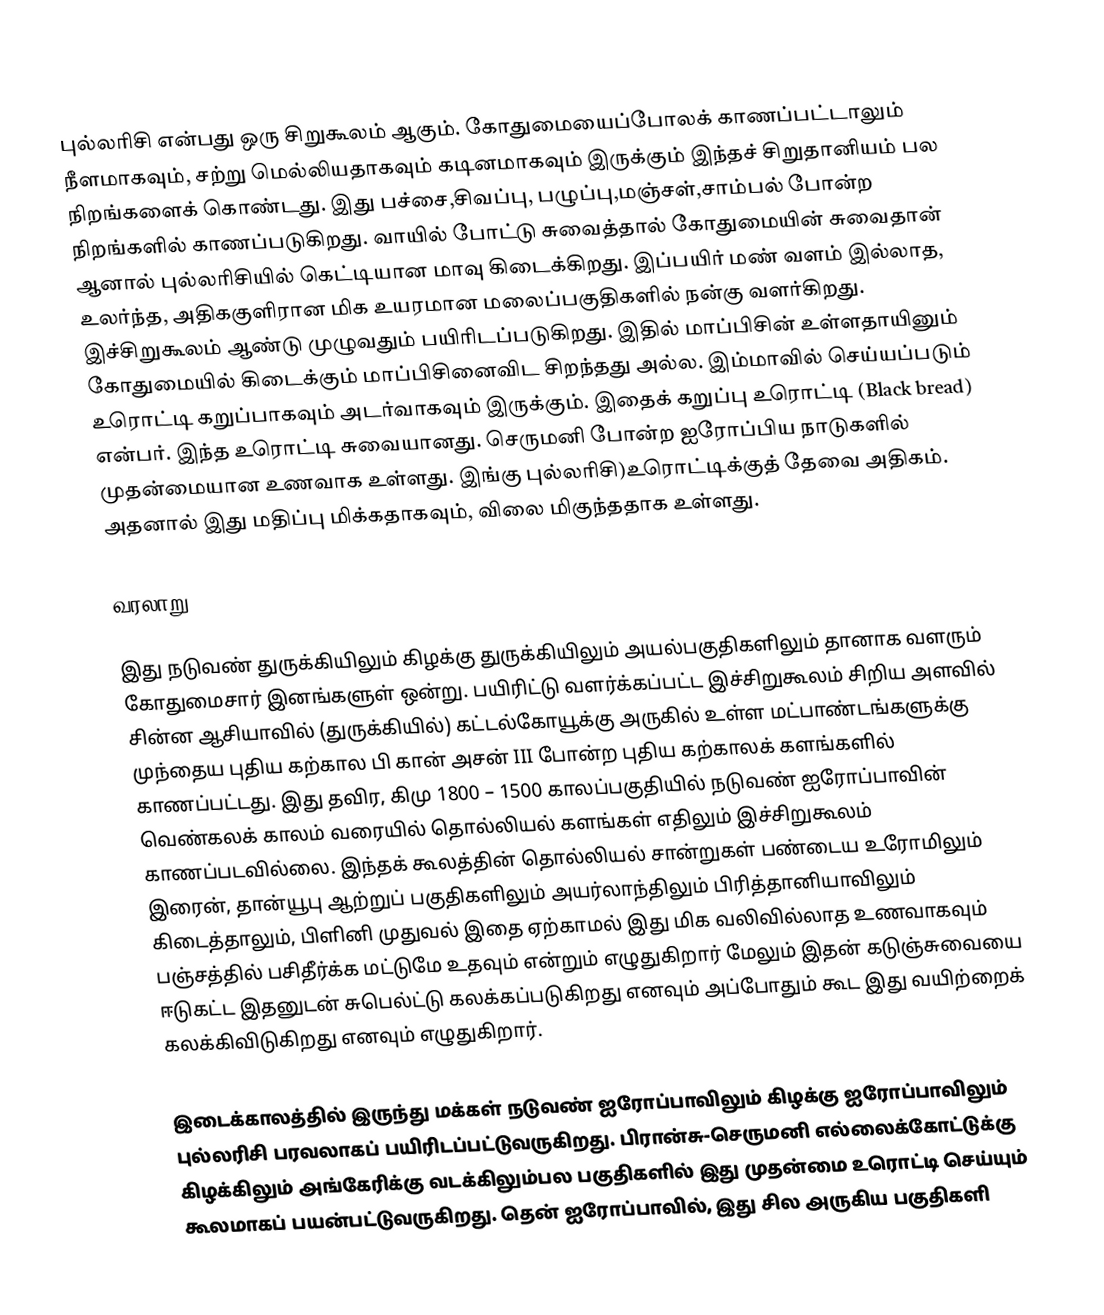
புல்லரிசி என்பது ஒரு சிறுகூலம் ஆகும். கோதுமையைப்போலக் காணப்பட்டாலும் நீளமாகவும், சற்று மெல்லியதாகவும் கடினமாகவும் இருக்கும் இந்தச் சிறுதானியம் பல நிறங்களைக் கொண்டது. இது பச்சை,சிவப்பு, பழுப்பு,மஞ்சள்,சாம்பல் போன்ற நிறங்களில் காணப்படுகிறது. வாயில் போட்டு சுவைத்தால் கோதுமையின் சுவைதான் ஆனால் புல்லரிசியில் கெட்டியான மாவு கிடைக்கிறது. இப்பயிர் மண் வளம் இல்லாத, உலர்ந்த, அதிககுளிரான மிக உயரமான மலைப்பகுதிகளில் நன்கு வளர்கிறது. இச்சிறுகூலம் ஆண்டு முழுவதும் பயிரிடப்படுகிறது. இதில் மாப்பிசின் உள்ளதாயினும் கோதுமையில் கிடைக்கும் மாப்பிசினைவிட சிறந்தது அல்ல. இம்மாவில் செய்யப்படும் உரொட்டி கறுப்பாகவும் அடர்வாகவும் இருக்கும். இதைக் கறுப்பு உரொட்டி (Black bread) என்பர். இந்த உரொட்டி சுவையானது. செருமனி போன்ற ஐரோப்பிய நாடுகளில் முதன்மையான உணவாக உள்ளது. இங்கு புல்லரிசி)உரொட்டிக்குத் தேவை அதிகம். அதனால் இது மதிப்பு மிக்கதாகவும், விலை மிகுந்ததாக உள்ளது.

வரலாறு

இது நடுவண் துருக்கியிலும் கிழக்கு துருக்கியிலும்  அயல்பகுதிகளிலும் தானாக வளரும்  கோதுமைசார் இனங்களுள் ஒன்று. பயிரிட்டு வளர்க்கப்பட்ட இச்சிறுகூலம் சிறிய அளவில் சின்ன ஆசியாவில் (துருக்கியில்) கட்டல்கோயூக்கு அருகில் உள்ள மட்பாண்டங்களுக்கு முந்தைய புதிய கற்கால பி கான் அசன் III போன்ற புதிய கற்காலக் களங்களில் காணப்பட்டது.  இது தவிர, கிமு 1800 – 1500 காலப்பகுதியில் நடுவண் ஐரோப்பாவின் வெண்கலக் காலம் வரையில் தொல்லியல் களங்கள் எதிலும் இச்சிறுகூலம் காணப்படவில்லை. இந்தக் கூலத்தின் தொல்லியல் சான்றுகள் பண்டைய உரோமிலும் இரைன், தான்யூபு ஆற்றுப் பகுதிகளிலும் அயர்லாந்திலும் பிரித்தானியாவிலும் கிடைத்தாலும், பிளினி முதுவல் இதை ஏற்காமல் இது மிக வலிவில்லாத உணவாகவும் பஞ்சத்தில் பசிதீர்க்க மட்டுமே உதவும் என்றும் எழுதுகிறார் மேலும் இதன் கடுஞ்சுவையை ஈடுகட்ட இதனுடன் சுபெல்ட்டு கலக்கப்படுகிறது எனவும் அப்போதும் கூட இது வயிற்றைக் கலக்கிவிடுகிறது எனவும் எழுதுகிறார்.

இடைக்காலத்தில் இருந்து மக்கள் நடுவண் ஐரோப்பாவிலும் கிழக்கு ஐரோப்பாவிலும் புல்லரிசி பரவலாகப் பயிரிடப்பட்டுவருகிறது. பிரான்சு-செருமனி எல்லைக்கோட்டுக்கு கிழக்கிலும் அங்கேரிக்கு வடக்கிலும்பல பகுதிகளில் இது முதன்மை உரொட்டி செய்யும் கூலமாகப் பயன்பட்டுவருகிறது. தென் ஐரோப்பாவில், இது சில அருகிய பகுதிகளி